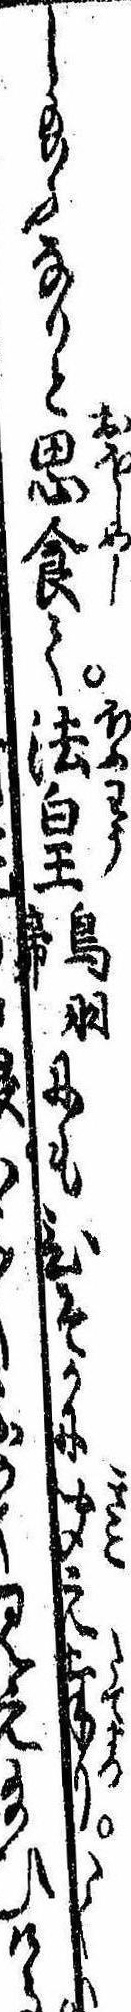
し給ふなりと思食て法皇鳥羽帝にもひそかに聞え奉りかくは